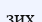
зих